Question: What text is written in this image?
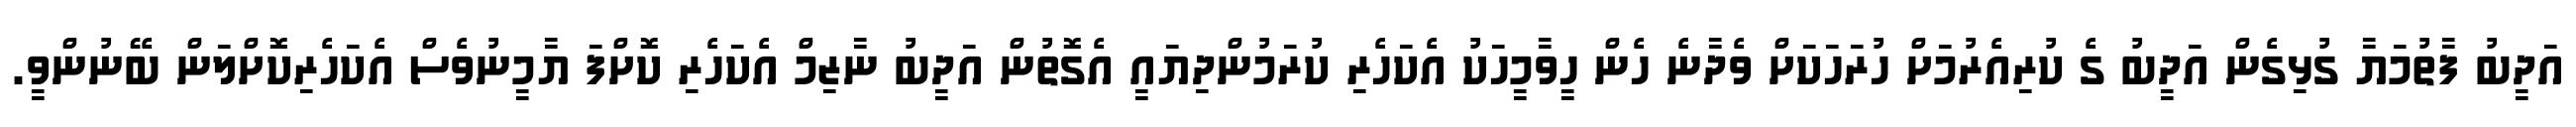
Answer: އަދީބު ފާތުމަޔާ ގުޅިގެން އަދީބު ގެ ކުރިއެރުމަށް ހުރަހަކަށް ވެދާނެ ހެން ހީވާމީހަކު އެކަހެރި ކުރަމުންދިޔައީ އެގޮތުން އަދީބު ނާޒިމް އެކަހެރި ކޮށްފަ ޔާމީނުވެސް އެކަހެރިކޮށްލަން ބޭނުންވީ.